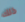
ذلك